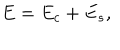
LaTeX: E = E _ { c } + E _ { s } ,